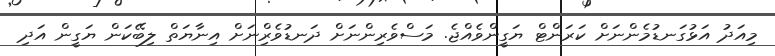
މިއަދު އަޅުގަނޑުމެންނަށް ކަރަންޓް ޔަގީންވެއްޖެ. މަސްވެރިންނަށް ދަނޑުވެރިްނަށް އިނާޔަތް ލިބޭކަން ޔަގީން އަދި